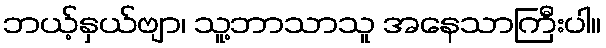
ဘယ့်နှယ်ဗျာ၊ သူ့ဘာသာသူ အနေသာကြီးပါ။